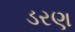
ડરણ